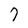
Character: 7